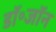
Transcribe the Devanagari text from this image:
डॉ॰जॉन